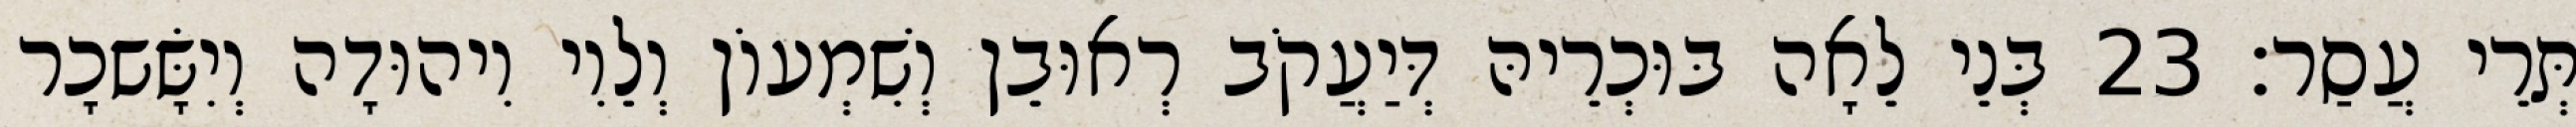
תְּרֵי עֲסַר׃ 23 בְּנֵי לֵאָה בּוּכְרֵיהּ דְּיַעֲקֹב רְאוּבֵן וְשִׁמְעוֹן וְלֵוִי וִיהוּדָה וְיִשָּׂשכָר